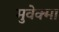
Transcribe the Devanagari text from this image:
मुवेक्मा